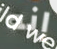
إنه